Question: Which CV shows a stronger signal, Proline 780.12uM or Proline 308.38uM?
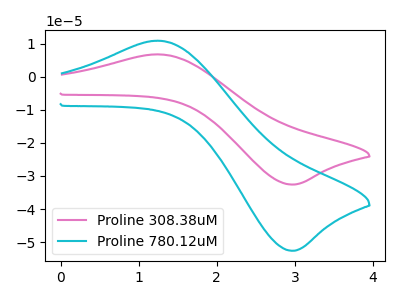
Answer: <think>The pink curve "Proline 308.38uM" has an anodic peak at (1.25V, 6.75uA) and a cathodic peak at (3.00V, -32.60uA). The cyan curve "Proline 780.12uM" has an anodic peak at (1.25V, 10.85uA) and a cathodic peak at (3.00V, -52.60uA).
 All the peaks in "Proline 780.12uM" have a peak in "Proline 308.38uM" at the same potential. Every peak in "Proline 780.12uM" is higher than every peak in "Proline 308.38uM".</think>
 <answer>"Proline 780.12uM" has more signal than "Proline 308.38uM".</answer>
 <eval>more_signal</eval>